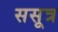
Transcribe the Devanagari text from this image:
ससूत्र